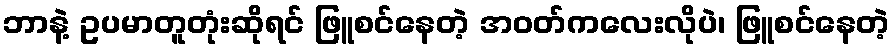
ဘာနဲ့ ဥပမာတူတုံးဆိုရင် ဖြူစင်နေတဲ့ အဝတ်ကလေးလိုပဲ၊ ဖြူစင်နေတဲ့